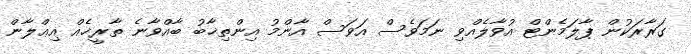
ގަރާރަކުން ޕާލަމެންޓް އުވާލެއްވި ނަމަވެސް އަވަސް އާންމު އިންތިޚާބު ބާއްވާނެ ތާރީޚެއް އިޢްލާން